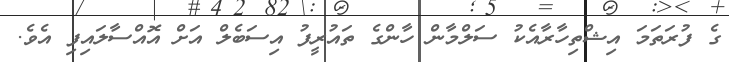
ގެ ފުރަތަމަ އިޝްތިހާރާއެކު ސަލްމާން ހާންގެ ތައުރީފު އިސަބެލް އަށް އޮއްސާލައިފި އެވެ.